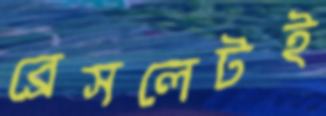
ব্রেসলেটই